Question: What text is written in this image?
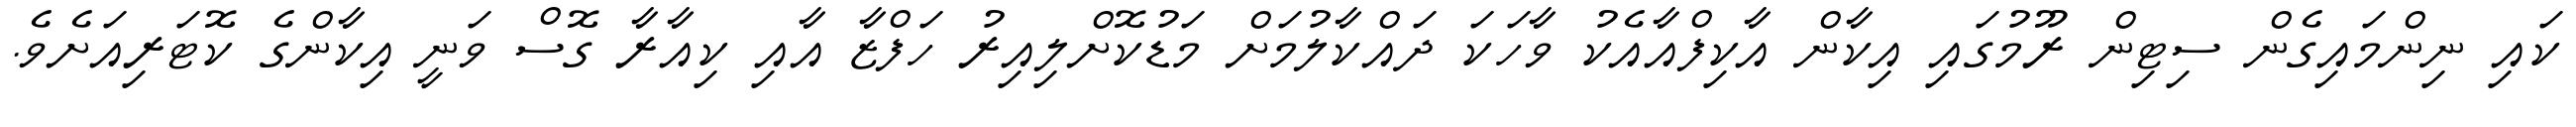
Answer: ކައި ނިންމައިގެން ސިޓިން ރޫމުގައި އިކާން އާކިފްއާއެކު ވާހަކަ ދައްކާލުމަށް މަޑުކޮށްލިއިރު ހަފްޒާ އާއި ކިއާރާ ގޮސް ވަނީ އިކާންގެ ކޮޓަރިއަށެވެ.